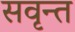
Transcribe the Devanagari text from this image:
सवृन्त